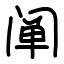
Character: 阐